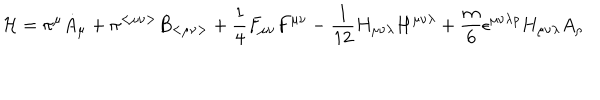
LaTeX: { \cal H } = \pi ^ { \mu } { \dot { A } } _ { \mu } + \pi ^ { < \mu \nu > } { \dot { B } } _ { < \mu \nu > } + \frac { 1 } { 4 } F _ { \mu \nu } F ^ { \mu \nu } - \frac { 1 } { 1 2 } H _ { \mu \nu \lambda } H ^ { \mu \nu \lambda } + \frac { m } { 6 } \epsilon ^ { \mu \nu \lambda \rho } H _ { \mu \nu \lambda } A _ { \rho }